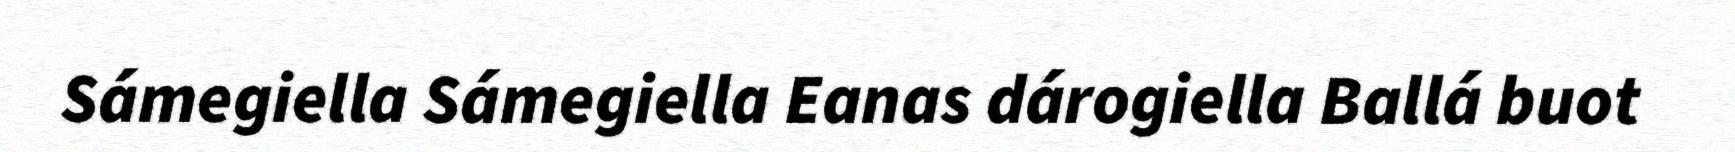
Sámegiella Sámegiella Eanas dárogiella Ballá buot